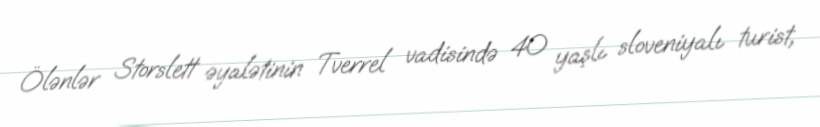
Ölənlər Storslett əyalətinin Tverrel vadisində 40 yaşlı sloveniyalı turist,